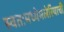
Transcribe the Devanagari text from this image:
स्वतःमध्येमलेरियाची